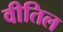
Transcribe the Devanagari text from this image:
वीतिल